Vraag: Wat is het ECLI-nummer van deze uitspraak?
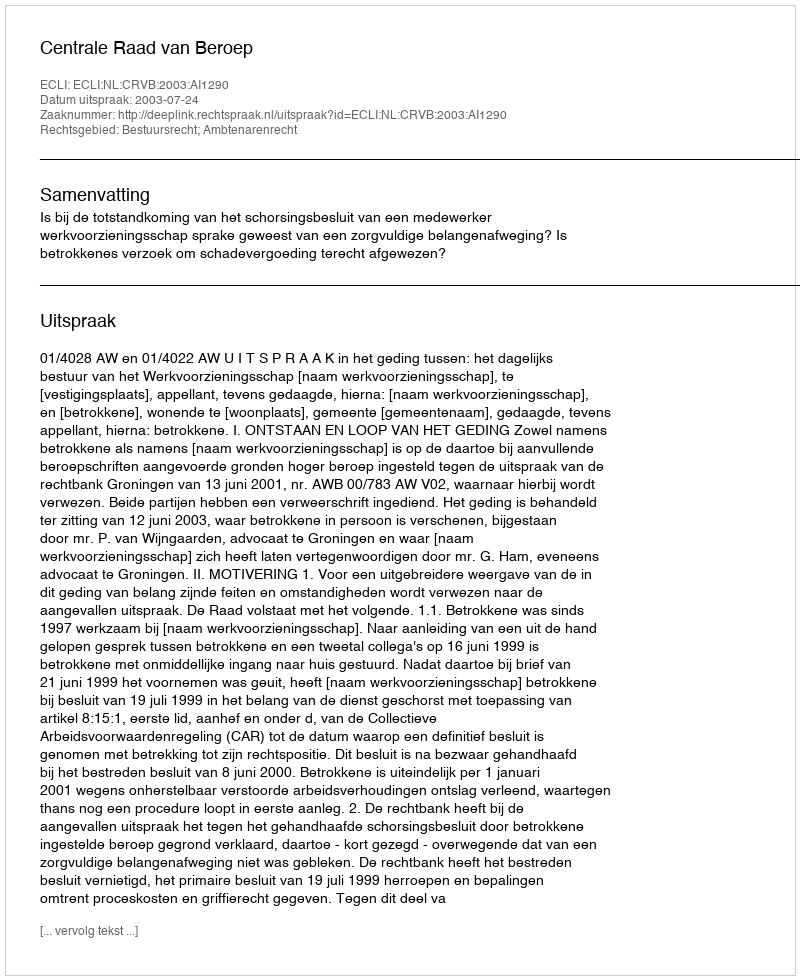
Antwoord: ECLI:NL:CRVB:2003:AI1290